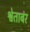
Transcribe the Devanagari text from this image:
श्वेताबंर